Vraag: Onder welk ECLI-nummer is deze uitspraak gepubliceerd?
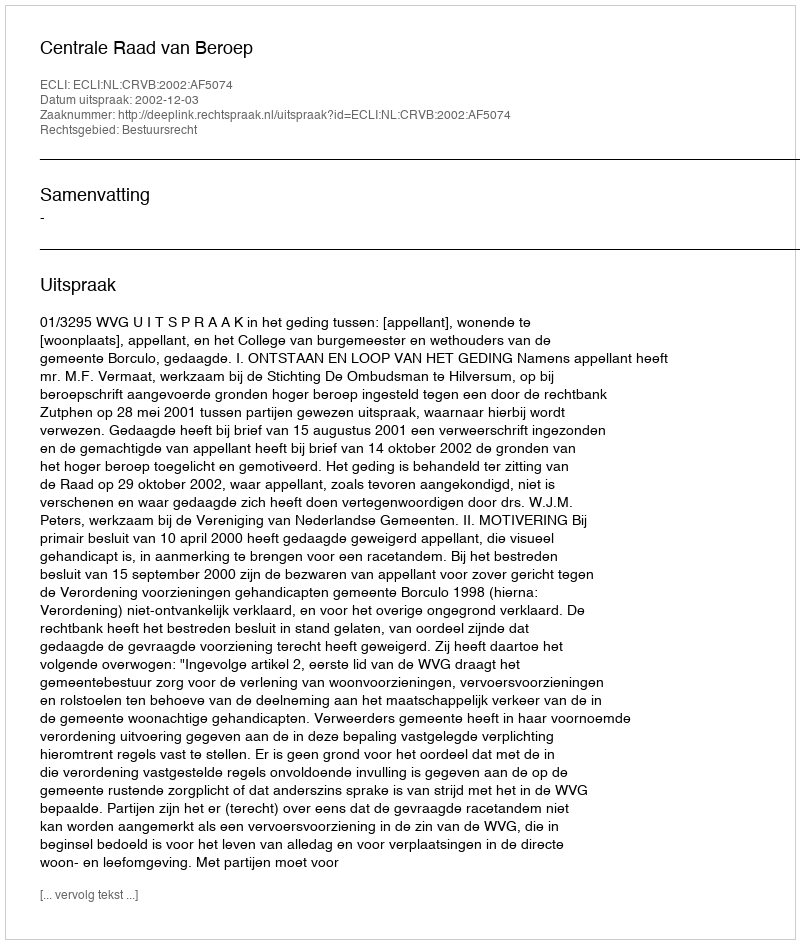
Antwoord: ECLI:NL:CRVB:2002:AF5074